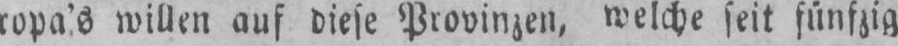
ropa’s willen auf diese Provinzen, welche seit fünfzig